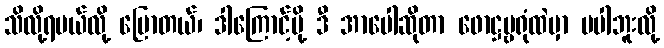
သိလို့ရမယ်လို့ ပြောတယ်၊ ဒါကြောင့်မို့ ဒီ အာပေါဆိုတာ ဖောဋ္ဌဗ္ဗရုံထဲမှာ မပါဘူးလို့